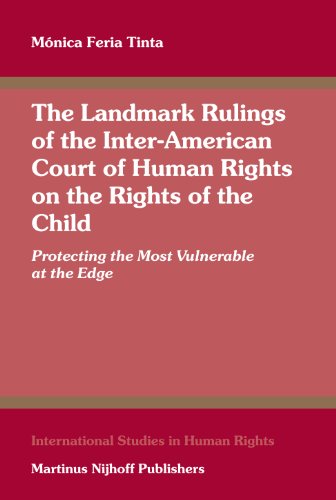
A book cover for The Landmark Rulings of the Inter-American Court of Human Rights on the Rights of the Child: Protecting the Most Vulnerable at the Edge (International Studies in Human Rights); Monica Feria Tinta; Law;